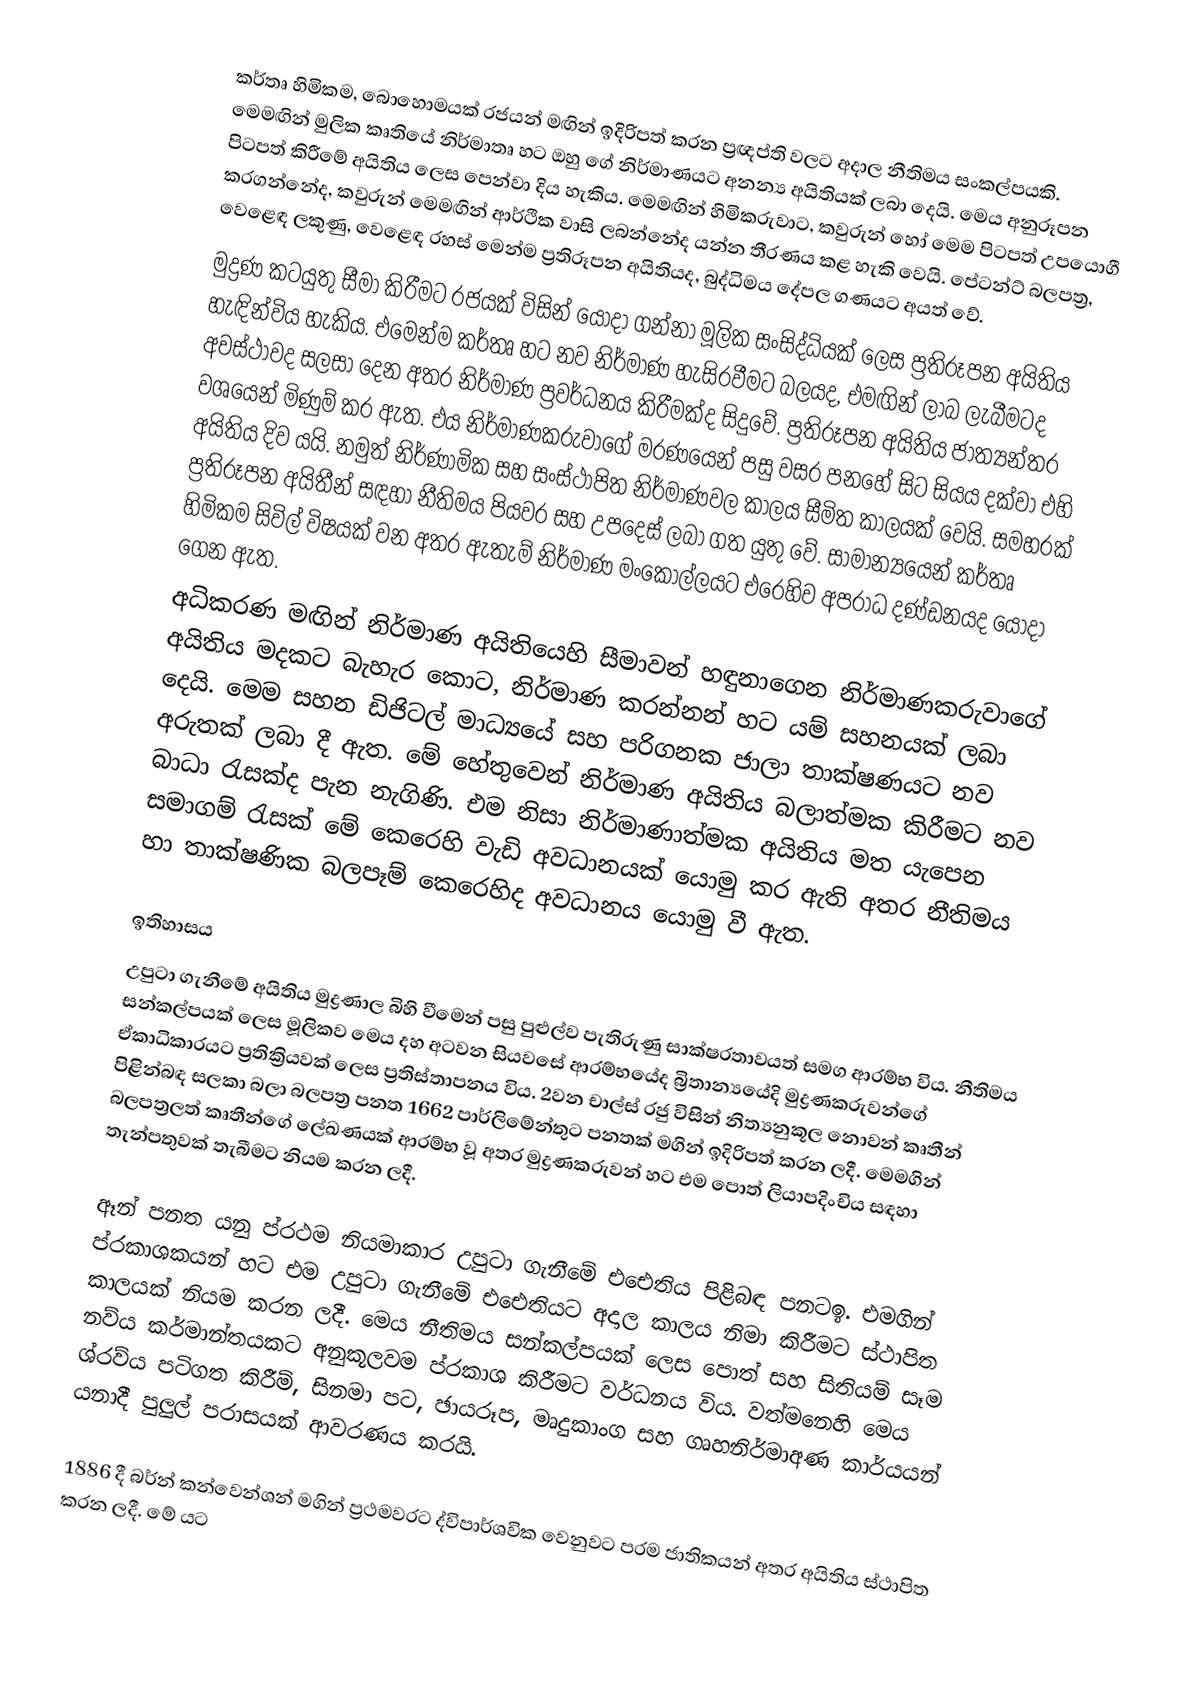
කර්තෘ හිමිකම, බොහොමයක් රජයන් මඟින් ඉදිරිපත් කරන ප්‍රඥප්ති වලට අදාල නීතිමය සංකල්පයකි. මෙමඟින් මුලික කෘතියේ නිර්මාතෘ හට ඔහු ගේ නිර්මාණයට අනන්‍ය අයිතියක් ලබා දෙයි. මෙය අනුරූපන පිටපත් කිරීමේ අයිතිය ලෙස පෙන්වා දිය හැකිය. මෙමඟින් හිමිකරුවාට, කවුරුන් හෝ මෙම පිටපත් උපයොගී කරගන්නේද, කවුරුන් මෙමඟින් ආර්ථික වාසි ලබන්නේද යන්න තීරණය කළ හැකි වෙයි. පේටන්ට් බලපත්‍ර, වෙළෙඳ ලකුණු, වෙළෙඳ රහස් මෙන්ම ප්‍රතිරූපන අයිතියද, බුද්ධිමය දේපල ගණයට අයත් වේ.
මුද්‍රණ කටයුතු සීමා කිරීමට රජයක් විසින් යොදා ගන්නා මූලික සංසිද්ධියක් ලෙස ප්‍රතිරූපන අයිතිය හැඳින්විය හැකිය. එමෙන්ම කර්තෘ හට නව නිර්මාණ හැසිරවීමට බලයද, එමඟින් ලාබ ලැබීමටද අවස්ථාවද සලසා දෙන අතර නිර්මාණ ප්‍රවර්ධනය කිරීමක්ද සිදුවේ. ප්‍රතිරූපන අයිතිය ජාත්‍යන්තර වශයෙන් මිණුම් කර ඇත. එය නිර්මාණකරුවාගේ මරණයෙන් පසු වසර පනහේ සිට සියය දක්වා එහි අයිතිය දිව යයි. නමුත් නිර්ණාමික සහ සංස්ථාපිත නිර්මාණවල කාලය සීමිත කාලයක් වෙයි. සමහරක් ප්‍රතිරූපන අයිතීන් සඳහා නීතිමය පියවර සහ උපදෙස් ලබා ගත යුතු වේ. සාමාන්‍යයෙන් කර්තෘ හිමිකම සිවිල් විෂයක් වන අතර ඇතැම් නිර්මාණ මංකොල්ලයට එරෙහිව අපරාධ දණ්ඩනයද යොදා ගෙන ඇත.
අධිකරණ මඟින් නිර්මාණ අයිතියෙහි සීමාවන් හඳුනාගෙන නිර්මාණකරුවාගේ අයිතිය මදකට බැහැර කොට, නිර්මාණ කරන්නන් හට යම් සහනයක් ලබා දෙයි. මෙම සහන ඩිජිටල් මාධ්‍යයේ සහ පරිගනක ජාලා තාක්ෂණයට නව අරුතක් ලබා දී ඇත. මේ හේතුවෙන් නිර්මාණ අයිතිය බලාත්මක කිරීමට නව බාධා රැසක්ද පැන නැගිණි. එම නිසා නිර්මාණාත්මක අයිතිය මත යැපෙන සමාගම් රැසක් මේ කෙරෙහි වැඩි අවධානයක් යොමු කර ඇති අතර නීතිමය හා තාක්ෂණික බලපෑම් කෙරෙහිද අවධානය යොමු වී ඇත.

ඉතිහාසය
උපුටා ගැනීමේ අයිතිය මුද්‍රණාල බිහි වීමෙන් පසු පුළුල්ව පැතිරුණු සාක්ෂරතාවයත් සමග ආරම්භ විය. නීතිමය සන්කල්පයක් ලෙස මූලිකව මෙය දහ අටවන සියවසේ ආරම්භයේද බ්‍රිතාන්‍යයේදි  මුද්‍රණකරුවන්ගේ ඒකාධිකාරයට ප්‍රතික්‍රියවක් ලෙස ප්‍රතිස්තාපනය විය. 2වන චාල්ස් රජු විසින් නිත්‍යනුකූල නොවන් කෘතීන් පිළින්බඳ සලකා බලා බලපත්‍ර පනත 1662 පාර්ලිමේන්තුට පනතක් මගින් ඉදිරිපත් කරන ලදී. මෙමගින් බලපත්‍රලත් කෘතීන්ගේ ලේඛණයක් ආරම්භ වූ අතර මුද්‍රණකරුවන් හට එම පොත් ලියාපදිංචිය සඳහා තැන්පතුවක් තැබීමට නියම කරන ලදී.

ඈන් පනත යනු ප්රථම නියමාකාර උපුටා ගැනීමේ එඓතිය පිළිබඳ පනටඉ. එමගින් ප්රකාශකයන් හට එම උපුටා ගැනීමේ එඓතියට අදාල කාලය නිමා කිරීමට ස්ථාපිත කාලයක් නියම කරන ලදී. මෙය නීතිමය සන්කල්පයක් ලෙස පොත් සහ සිතියම් සෑම නව්ය කර්මාන්තයකට අනුකූලවම ප්රකාශ කිරීමට වර්ධනය විය. වත්මනෙහි මෙය ශ්රව්ය පටිගත කිරීම්, සිනමා පට, ඡායරූප, මෘදුකාංග සහ ගෘහනිර්මාඅණ කාර්යයන් යනාදී පුලුල් පරාසයක් ආවරණය කරයි.

1886 දී බර්න් කන්වෙන්ශන් මගින් ප්‍රථමවරට ද්විපාර්ශවික වෙනුවට පරම ජාතිකයන් අතර අයිතිය ස්ථාපිත කරන ලදී. මේ යට